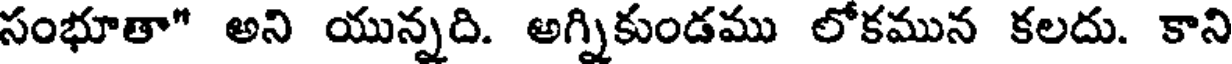
సంభూతా" అని యున్నది. అగ్నికుండము లోకమున కలదు. కాని